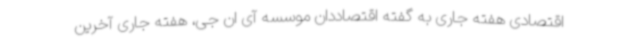
اقتصادی هفته جاری به گفته اقتصاددان موسسه آی ان جی، هفته جاری آخرین